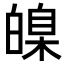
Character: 𤾚